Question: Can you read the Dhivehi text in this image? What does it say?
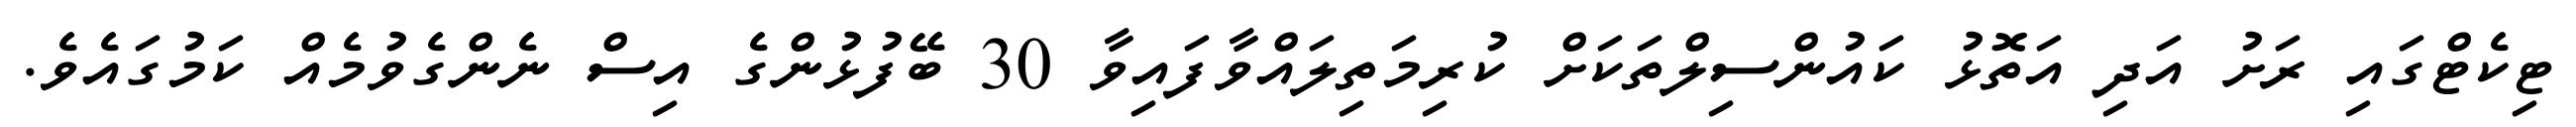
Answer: ޓިކެޓްގައި ރަށު އަދި އަތޮޅު ކައުންސިލްތަކަށް ކުރިމަތިލައްވާފައިވާ 30 ބޭފުޅުންގެ އިސް ނެންގެވުމެއް ކަމުގައެވެ.